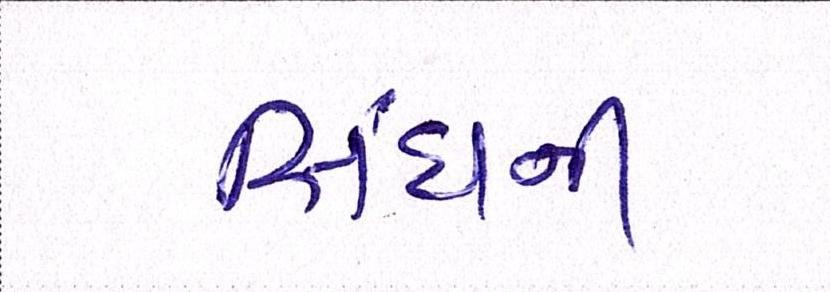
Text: સિંઘની